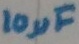
Text: 10µF